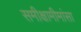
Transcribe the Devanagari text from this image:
समीक्षामीमांसा